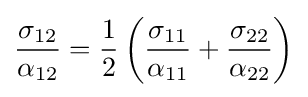
{\frac {\sigma _{12}}{\alpha _{12}}}={\frac {1}{2}}\left({\frac {\sigma _{11}}{\alpha _{11}}}+{\frac {\sigma _{22}}{\alpha _{22}}}\right)